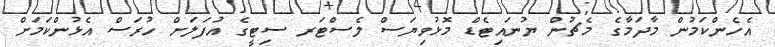
އެހެންކަމުން މާދަމާގެ މެޗުން ޔުނައިޓެޑް މޮޅުވިޔަސް ލެސްޓަރ ސިޓީގެ އުފަލަށް ހުރަސް އެޅުންކަމަށް